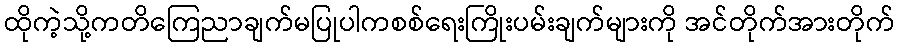
ထိုကဲ့သို့ကတိကြေညာချက်မပြုပါကစစ်ရေးကြိုးပမ်းချက်များကို အင်တိုက်အားတိုက်